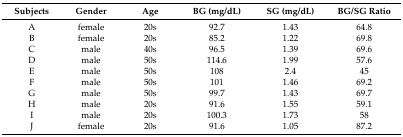
| Subjects | Gender | Age | BG (mg/dL) | SG (mg/dL) | BG/SG Ratio |
 | --- | --- | --- | --- | --- | --- |
 | A | female | 20s | 92.7 | 1.43 | 64.8 |
 | B | female | 20s | 85.2 | 1.22 | 69.8 |
 | C | male | 40s | 96.5 | 1.39 | 69.6 |
 | D | male | 50s | 114.6 | 1.99 | 57.6 |
 | E | male | 50s | 108 | 2.4 | 45 |
 | F | male | 50s | 101 | 1.46 | 69.2 |
 | G | male | 50s | 99.7 | 1.43 | 69.7 |
 | H | male | 20s | 91.6 | 1.55 | 59.1 |
 | I | male | 20s | 100.3 | 1.73 | 58 |
 | J | female | 20s | 91.6 | 1.05 | 87.2 |